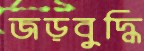
জড়বুদ্ধি